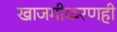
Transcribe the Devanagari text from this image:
खाजगीकरणही